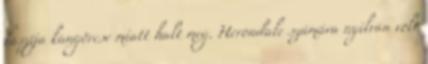
faszija kangörcse miatt halt meg. Herondale számára nyilván volt